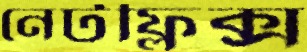
নেটফ্লিক্স